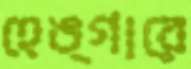
হেঙ্গারে